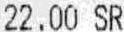
22.00 SR